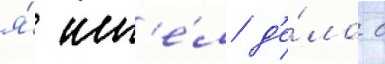
я́ им'е́л д'е́ло с